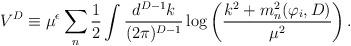
LaTeX: \begin{align*}V^{D} \equiv \mu^{\epsilon}\sum_n{1\over 2}\int {d^{D-1} k\over (2\pi)^{D-1}}\log\left({k^2 + m_n^2(\varphi_i,D) \over\mu^2}\right).\end{align*}